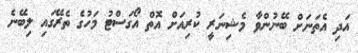
އަދި އެތަނަށް ބޭނުންވާ މެޝިނަރީ ކުރިއަށް އޮތް އޯގަސްޓު މަހުގެ ތެރޭގައި ލިބޭނެ